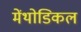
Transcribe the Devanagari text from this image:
मेंथोडिकल